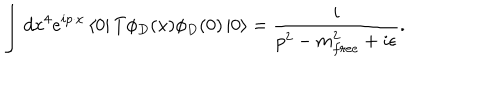
\int d x ^ { 4 } e ^ { i p \cdot x } \left< 0 \right| T \phi _ { D } ( x ) \phi _ { D } ( 0 ) \left| 0 \right> = \frac { i } { p ^ { 2 } - m _ { f r e e } ^ { 2 } + i \epsilon } .